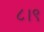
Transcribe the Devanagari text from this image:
८।९